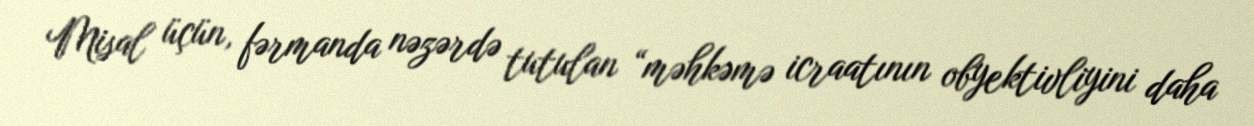
Misal üçün, fərmanda nəzərdə tutulan “məhkəmə icraatının obyektivliyini daha